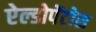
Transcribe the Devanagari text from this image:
ऐल्डोपेंटोस